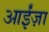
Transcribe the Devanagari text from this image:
आईंज़ा